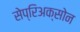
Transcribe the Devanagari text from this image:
सेप्रिअक्सोन